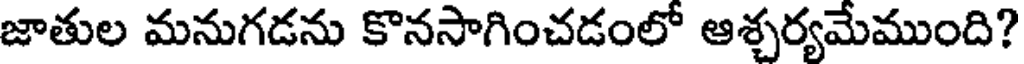
జాతుల మనుగడను కొనసాగించడంలో ఆశ్చర్యమేముంది?